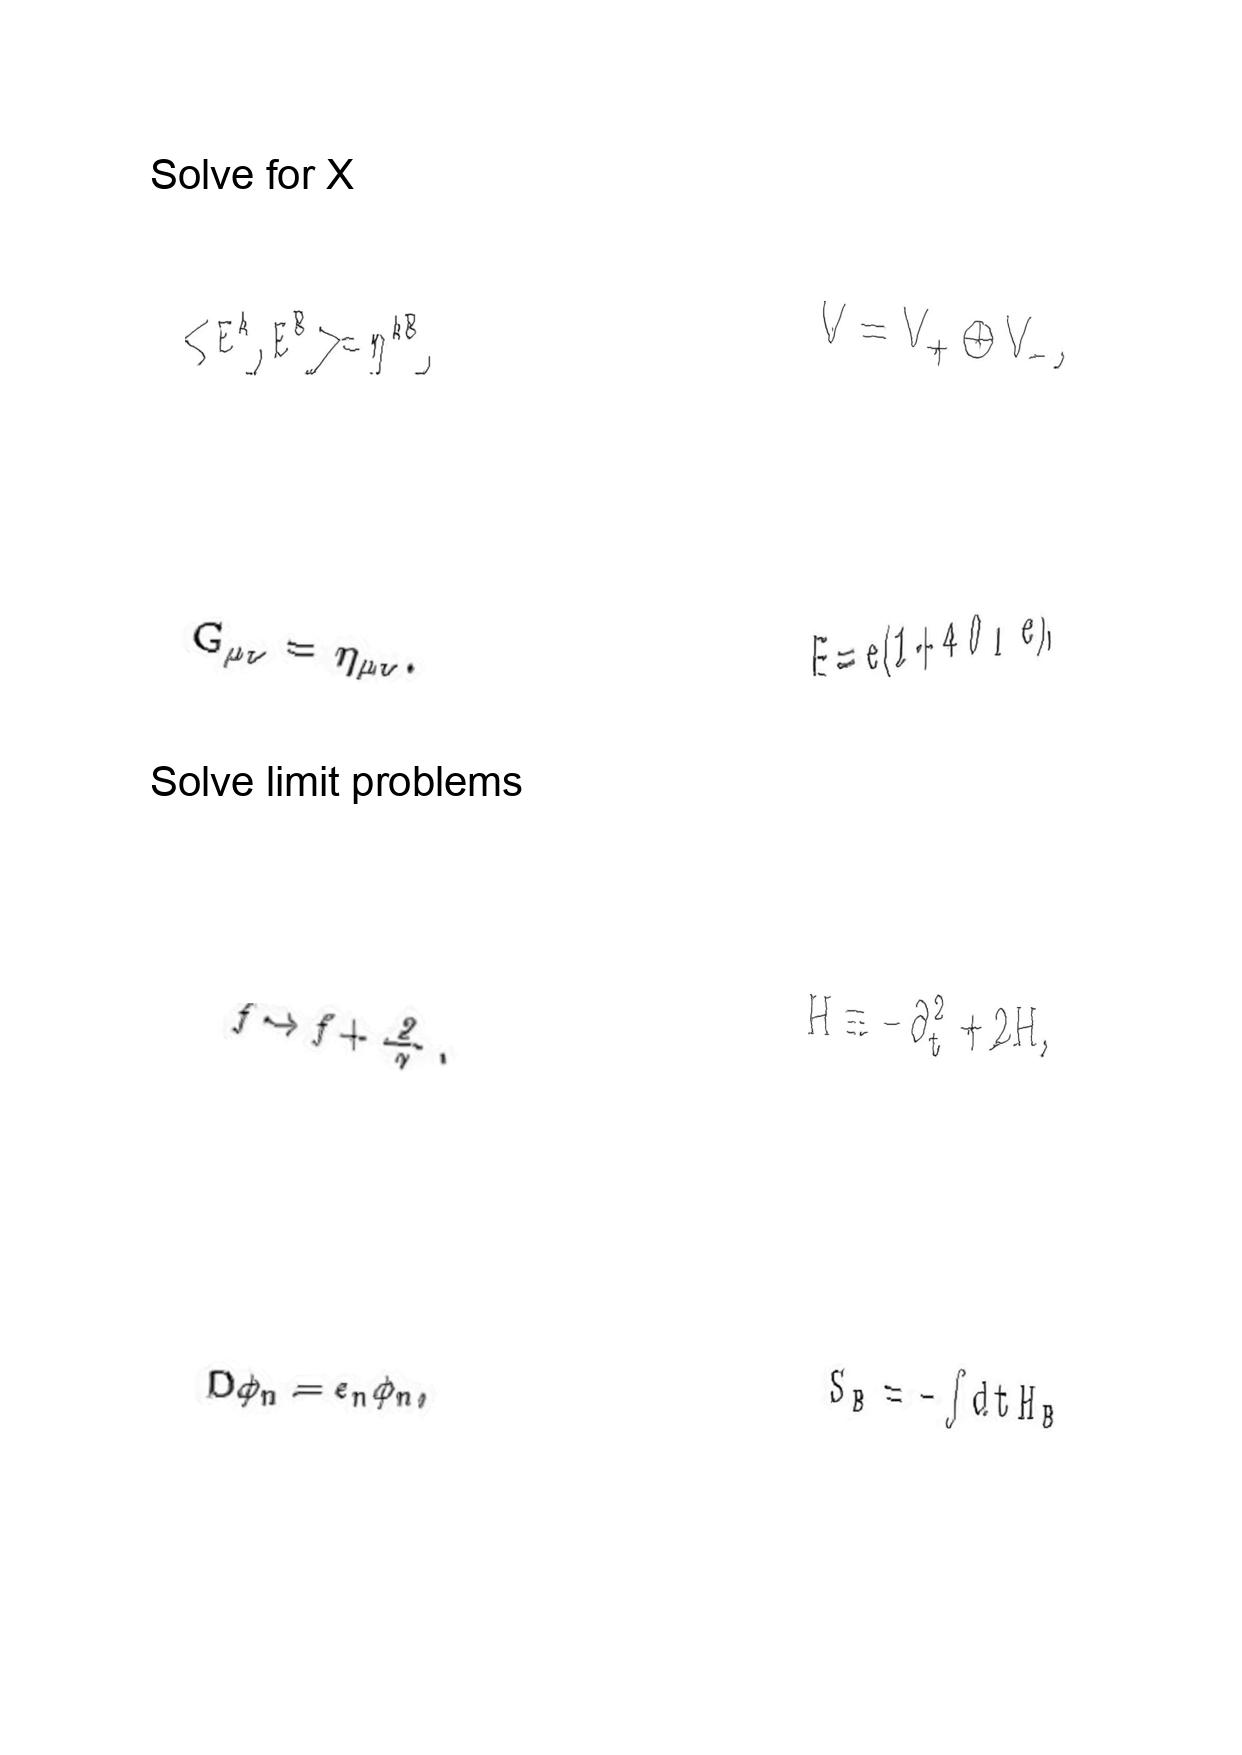
LaTeX transcription:
\lt E ^ { A } , E ^ { B } \gt = \eta ^ { A B } ,
G _ { \mu \nu } = \eta _ { \mu \nu } .
f \rightarrow f + \frac { 2 } { \gamma } .
D \phi _ { n } = \epsilon _ { n } \phi _ { n } ,
V = V _ { + } \oplus V _ { - } ,
E = e \lparen 1 + 4 \theta _ { 1 } e \rparen ,
H \equiv - \partial _ { t } ^ { 2 } + 2 H ,
S _ { B } = - \int d t H _ { B }